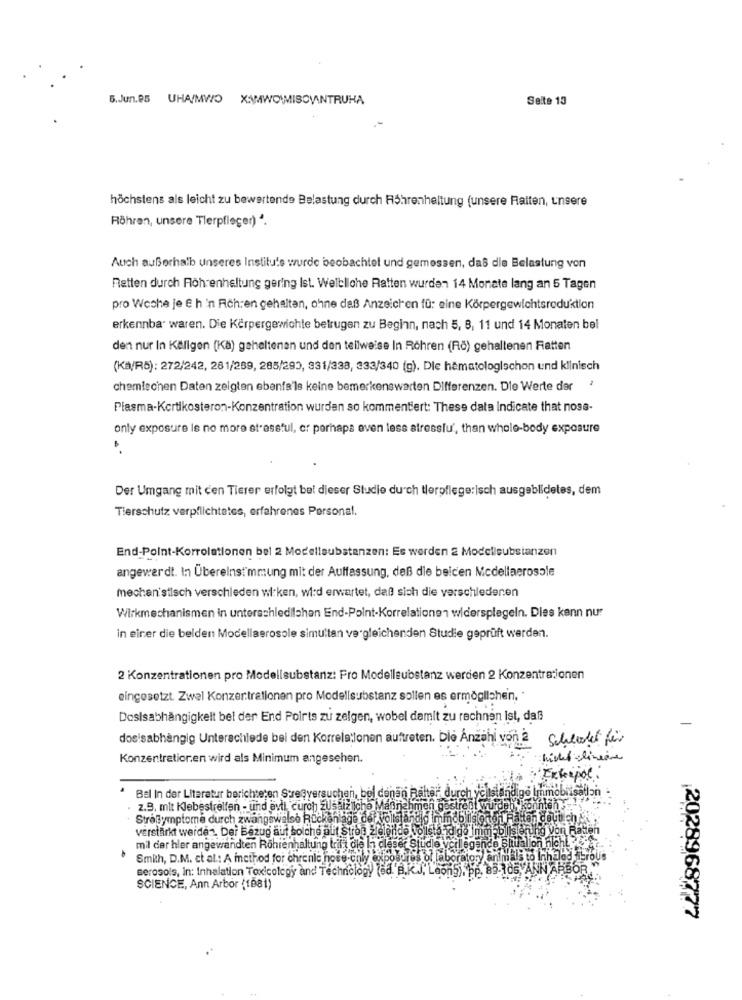
6.Jun.85 UHA/MWO X:\MWOWMISOVINTRUHA
Seite 13
höchstens als leicht zu bewertende Belastung durch Röhrenheltung (unsere Raiten, unsere
Röhren, unsere Tlerpfleger) 2.
Auch außerhalb unseres Institu's wurde beobachtet und gemessen, daß die Belastung von
Retten durch Floh enheltung gering Ist. Weltliche Ratten wurden 14 Monate lang an 5 Tagen
pro Woche je & h 'n Rich:en gehalten, ohne daß Anzeichen fü: eine Körpergewichtsreduktion
erkennbar waren. Die Körpergewichte betrugen zu Beginn, nach 5, 8, 11 und 14 Monaten bel
den nur In Källgen (Kä) gehaltenen und den teilweise In Röhren (Fö) gehaltenen Fatten
(Ka/RB): 272/242, 281/289, 285/292, 331/338, 333/340 (g). Die hematologischon und klinisch
chemiechen Daten zeigten ebenfalls keine bemerkenswerten Differenzen. Die Werte der
Plasma-Kortikosteron-Konzentration wurden so kommentiert: These data Indicate that noss-
only exposure is no more stressful, or perhaps even less stresslu', than whole-body exposure
Der Umgang mit cen Tierer erfolgt bel dieser Studie durch tierpflege:|sch ausgeblidetes, dem
Tierschutz verpflichtetes, erfahrenes Personal.
End-Point-Korrolationen bel 2 Modellsubstanzen: Es werden 2 Modellsubstanzen
angewerdt. In Übereinstimmung mit der Auffassung, daß die beiden Modellaerosole
mechan stisch verschieden wi:ken, wird erwartet, daß sich die verschiedenen
Wirkmechanismen in unterschledilahan End-Point-Korrelationen widerspiegeln. Dies kann nur
in einer die beiden Modellaerosole simultan vergleichenden Studie geprüft werden.
2 Konzentrationen pro Modellsubstanz: Fro Modellsubstanz werden 2 Konzentrationen
eingesetzt. Zwel Konzer:trationen pro Modellsubstanz sollen es ermöglichen, ·
Dosisabhängigkeit bet der End Polrts zu zeigen, wobel damit zu rechnen Ist, daß
dos'sabhängig Unterschlede bei den Korrels:lonen auftreten. Die Anzahl von 2
Schludet für
Konzentrationen wird als Minimum angesehen.
Bel In der Literatur berichteten Stre@versuchen, bei denen Bal
. z.B. mit Klebestreifen - und evli, curch Zus
Stresymptome durch zwangsweise Rockenlage de Avollständig mmdbigone
verstärkt werden. Der Bezug auf solche a it strbe židlelido vols!
mil der hler angewandten Röhrenhaltung trift die In cleser Studie v
legende Shu
Smith, D.M. et al .: A method for chronic hose-only exposures of laboratory animals to Inh
Berosols, in: Inhalation Toxicology and Technology (ed. B.K.J. Leon5), pp. 85-105,AK
SCIENCE, Ann Arbor (1881)
2028968777